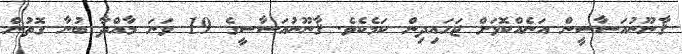
ޤާނޫނުއަސާސީން އަނެއްކޮޅަށް ޖަހައިދިން ކަމެކެވެ. ޤާނޫނުއަސާސީގެ 19 ވަނަ މާއްދާ ބުނާ ގޮތުން